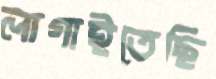
লাগাইতেছি